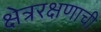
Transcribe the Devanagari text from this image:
क्षेत्ररक्षणाची